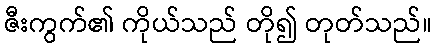
ဇီးကွက်၏ ကိုယ်သည် တို၍ တုတ်သည်။